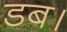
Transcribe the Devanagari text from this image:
डब।